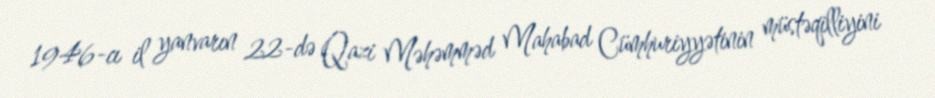
1946-cı il yanvarın 22-də Qazi Məhəmməd Mahabad Cümhuriyyətinin müstəqilliyini